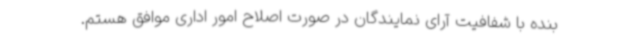
بنده با شفافیت آرای نمایندگان در صورت اصلاح امور اداری موافق هستم.